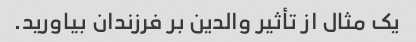
یک مثال از تأثیر والدین بر فرزندان بیاورید.